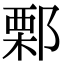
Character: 𨜼